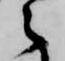
之